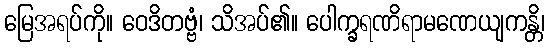
မြေအရပ်ကို။ ဝေဒိတဗ္ဗံ၊ သိအပ်၏။ ပေါက္ခရဏိရာမဏေယျကန္တိ၊